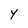
Character: Y